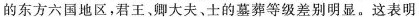
的东方六国地区，君王、卿大夫、士的墓葬等级差别明显。这表明